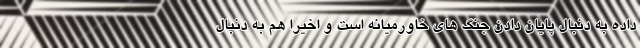
داده به دنبال پایان دادن جنگ های خاورمیانه است و اخیراً هم به دنبال